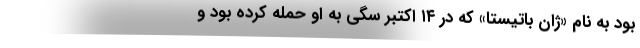
بود به نام «ژان باتیستا» که در ۱۴ اکتبر سگی به او حمله کرده بود و